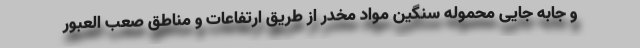
و جابه جایی محموله سنگین مواد مخدر از طریق ارتفاعات و مناطق صعب العبور